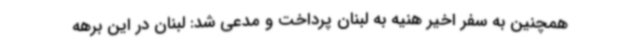
همچنین به سفر اخیر هنیه به لبنان پرداخت و مدعی شد: لبنان در این برهه